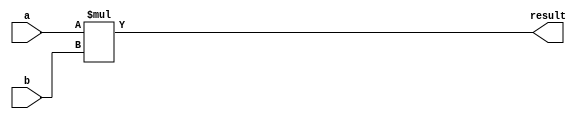
module MULT_DIR(a,b,result);
parameter n=6;

input  wire  [n-1:0]     a;
input  wire  [n-1:0]     b;
output  wire [2*n-1:0]   result;

assign result = a*b;
endmodule